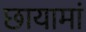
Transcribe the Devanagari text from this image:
छायामां